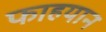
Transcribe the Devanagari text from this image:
फाहयान